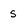
Character: s